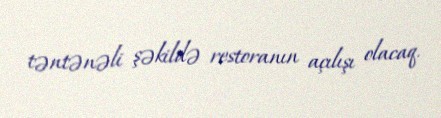
təntənəli şəkildə restoranın açılışı olacaq.